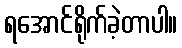
ရအောင်ရိုက်ခဲ့တာပါ။